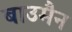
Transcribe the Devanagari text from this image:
बाउमैन